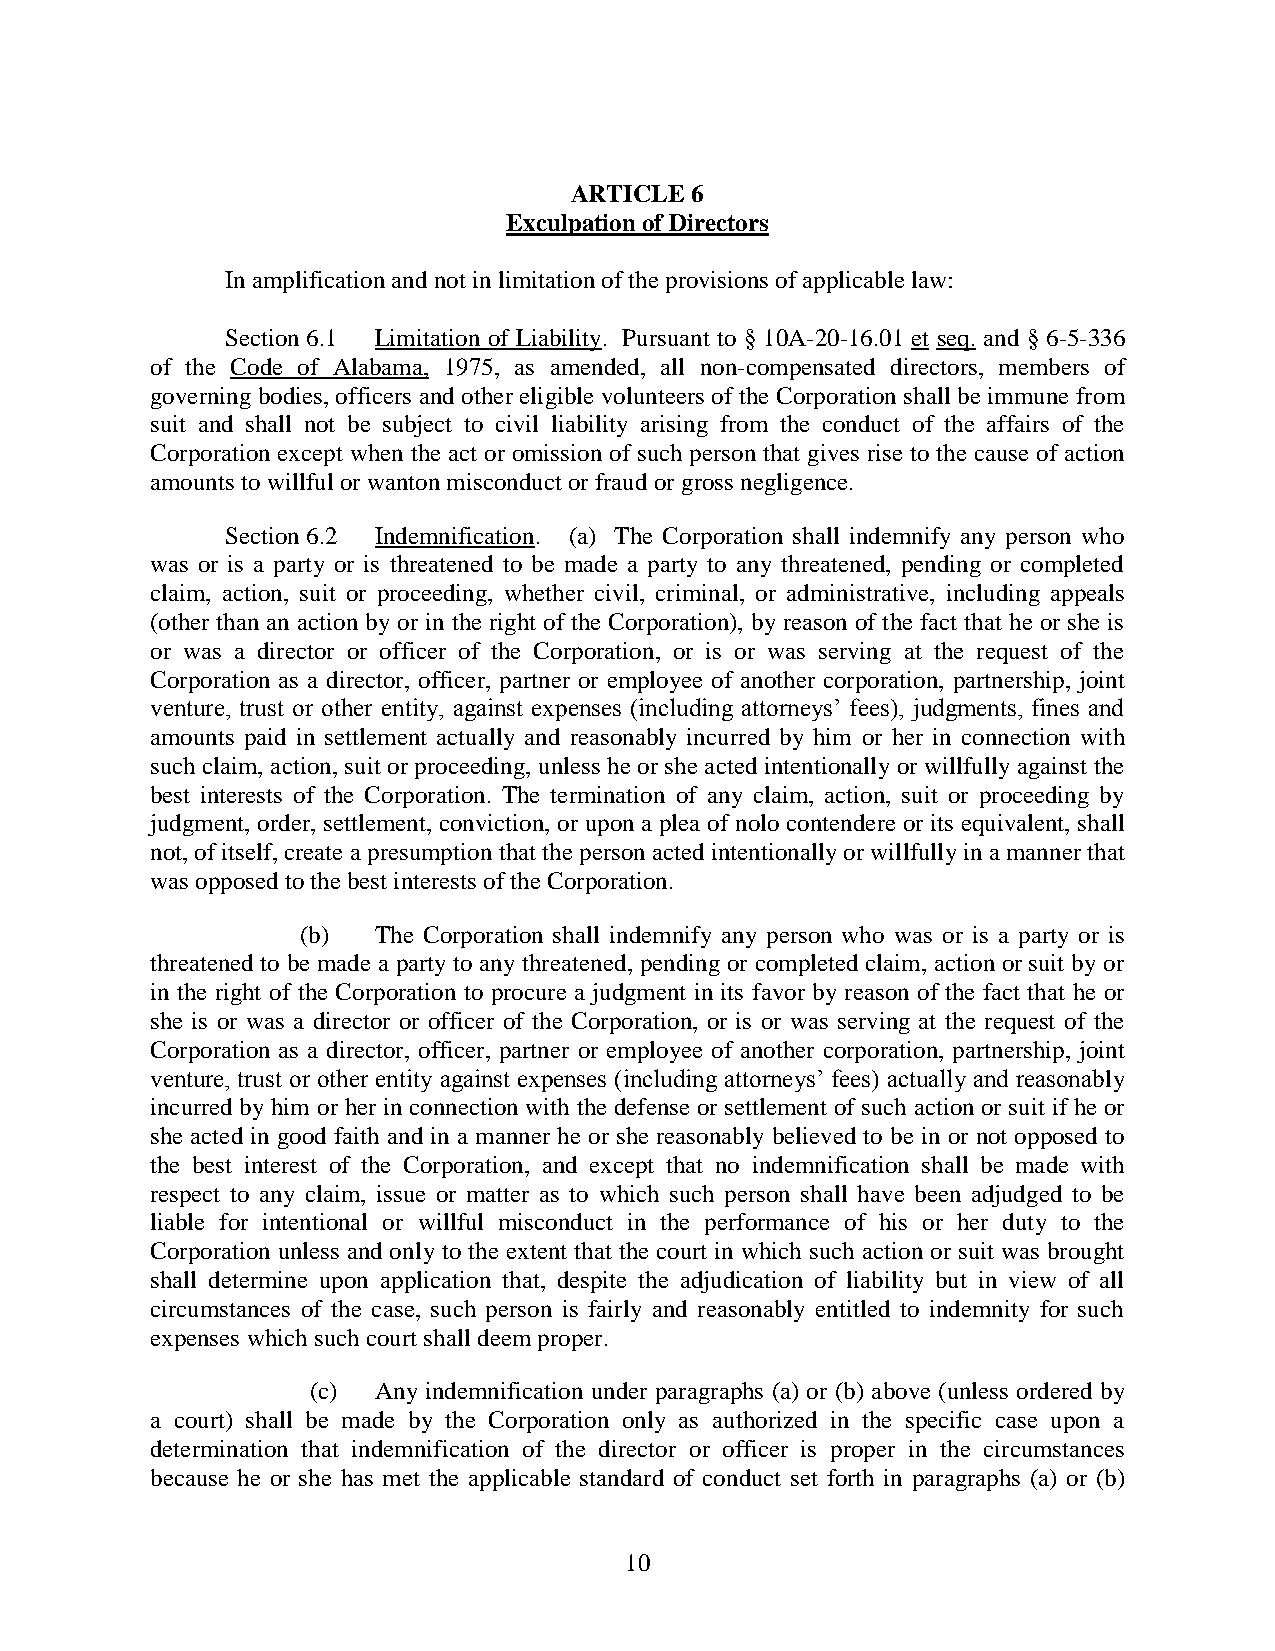
ARTICLE 6
 Exculpation of Directors
 In amplification and not in limitation of the provisions of applicable law:
 Section 6.1 Limitation of Liability. Pursuant to § 10A-20-16.01 et seq. and § 6-5-336
 of the Code of Alabama, 1975, as amended, all non-compensated directors, members of
 governing bodies, officers and other eligible volunteers of the Corporation shall be immune from
 suit and shall not be subject to civil liability arising from the conduct of the affairs of the
 Corporation except when the act or omission of such person that gives rise to the cause of action
 amounts to willful or wanton misconduct or fraud or gross negligence.
 Section 6.2 Indemnification. (a) The Corporation shall indemnify any person who
 was or is a party or is threatened to be made a party to any threatened, pending or completed
 claim, action, suit or proceeding, whether civil, criminal, or administrative, including appeals
 (other than an action by or in the right of the Corporation), by reason of the fact that he or she is
 or was a director or officer of the Corporation, or is or was serving at the request of the
 Corporation as a director, officer, partner or employee of another corporation, partnership, joint
 venture, trust or other entity, against expenses (including attorneys’ fees), judgments, fines and
 amounts paid in settlement actually and reasonably incurred by him or her in connection with
 such claim, action, suit or proceeding, unless he or she acted intentionally or willfully against the
 best interests of the Corporation. The termination of any claim, action, suit or proceeding by
 judgment, order, settlement, conviction, or upon a plea of nolo contendere or its equivalent, shall
 not, of itself, create a presumption that the person acted intentionally or willfully in a manner that
 was opposed to the best interests of the Corporation.
 (b)  The Corporation shall indemnify any person who was or is a party or is
 threatened to be made a party to any threatened, pending or completed claim, action or suit by or
 in the right of the Corporation to procure a judgment in its favor by reason of the fact that he or
 she is or was a director or officer of the Corporation, or is or was serving at the request of the
 Corporation as a director, officer, partner or employee of another corporation, partnership, joint
 venture, trust or other entity against expenses (including attorneys’ fees) actually and reasonably
 incurred by him or her in connection with the defense or settlement of such action or suit if he or
 she acted in good faith and in a manner he or she reasonably believed to be in or not opposed to
 the best interest of the Corporation, and except that no indemnification shall be made with
 respect to any claim, issue or matter as to which such person shall have been adjudged to be
 liable for intentional or willful misconduct in the performance of his or her duty to the
 Corporation unless and only to the extent that the court in which such action or suit was brought
 shall determine upon application that, despite the adjudication of liability but in view of all
 circumstances of the case, such person is fairly and reasonably entitled to indemnity for such
 expenses which such court shall deem proper.
 (c)  Any indemnification under paragraphs (a) or (b) above (unless ordered by
 a court) shall be made by the Corporation only as authorized in the specific case upon a
 determination that indemnification of the director or officer is proper in the circumstances
 because he or she has met the applicable standard of conduct set forth in paragraphs (a) or (b)
 10